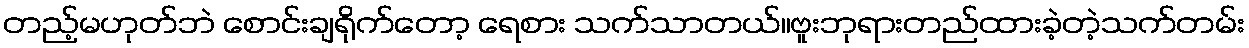
တည့်မဟုတ်ဘဲ စောင်းချရိုက်တော့ ရေစား သက်သာတယ်။ဗူးဘုရားတည်ထားခဲ့တဲ့သက်တမ်း